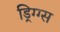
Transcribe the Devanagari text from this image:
ड्रिग्ग्स